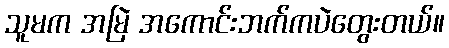
သူမက အမြဲ အကောင်းဘက်ကပဲတွေးတယ်။